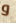
و